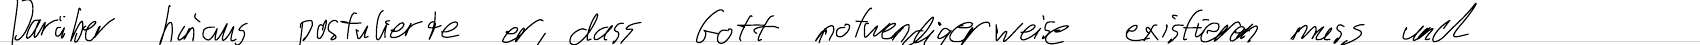
Darüber hinaus postulierte er, dass Gott notwendigerweise existieren muss und